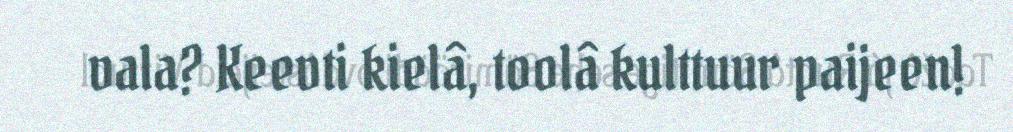
vala? Keevti kielâ, toolâ kulttuur paijeen!